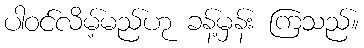
ပါဝင်လိမ့်မည်ဟု ခန့်မှန်း ကြသည်။